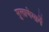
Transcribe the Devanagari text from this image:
मुलाणेमार्गे